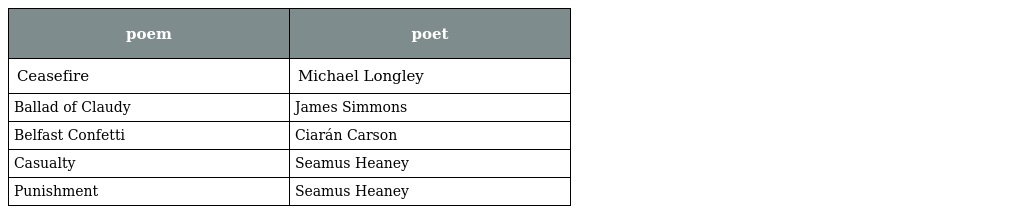
| poem | poet |
 | --- | --- |
 | Ceasefire | Michael Longley |
 | Ballad of Claudy | James Simmons |
 | Belfast Confetti | Ciarán Carson |
 | Casualty | Seamus Heaney |
 | Punishment | Seamus Heaney |